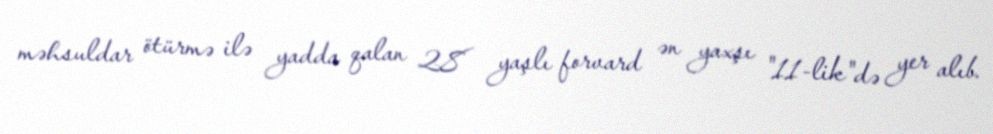
məhsuldar ötürmə ilə yadda qalan 28 yaşlı forvard ən yaxşı "11-lik"də yer alıb.